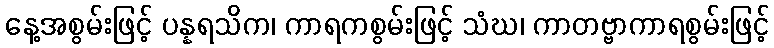
နေ့အစွမ်းဖြင့် ပန္နရသိက၊ ကာရကစွမ်းဖြင့် သံဃ၊ ကာတဗ္ဗာကာရစွမ်းဖြင့်